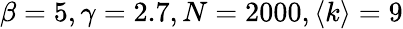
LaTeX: \beta=5,\gamma=2.7,N=2000,\left<k\right>=9